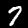
Label: 7